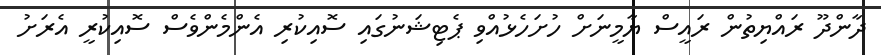
ދާންދޫ ރައްޔިތުން ރައީސް ޔާމީނަށް ހުށަހެޅުއްވި ޕެޓިޝަނުގައި ސޮއިކުރި އެންމެންވެސް ސޮއިކުރީ އެރަށު